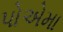
પોએમા